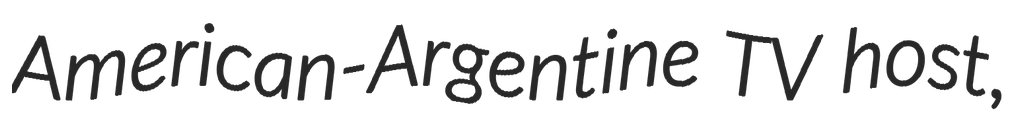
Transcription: American-Argentine TV host,